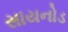
સાયનોડ